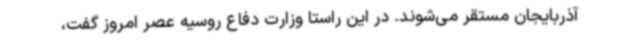
آذربایجان مستقر می‌شوند. در این راستا وزارت دفاع روسیه عصر امروز گفت،